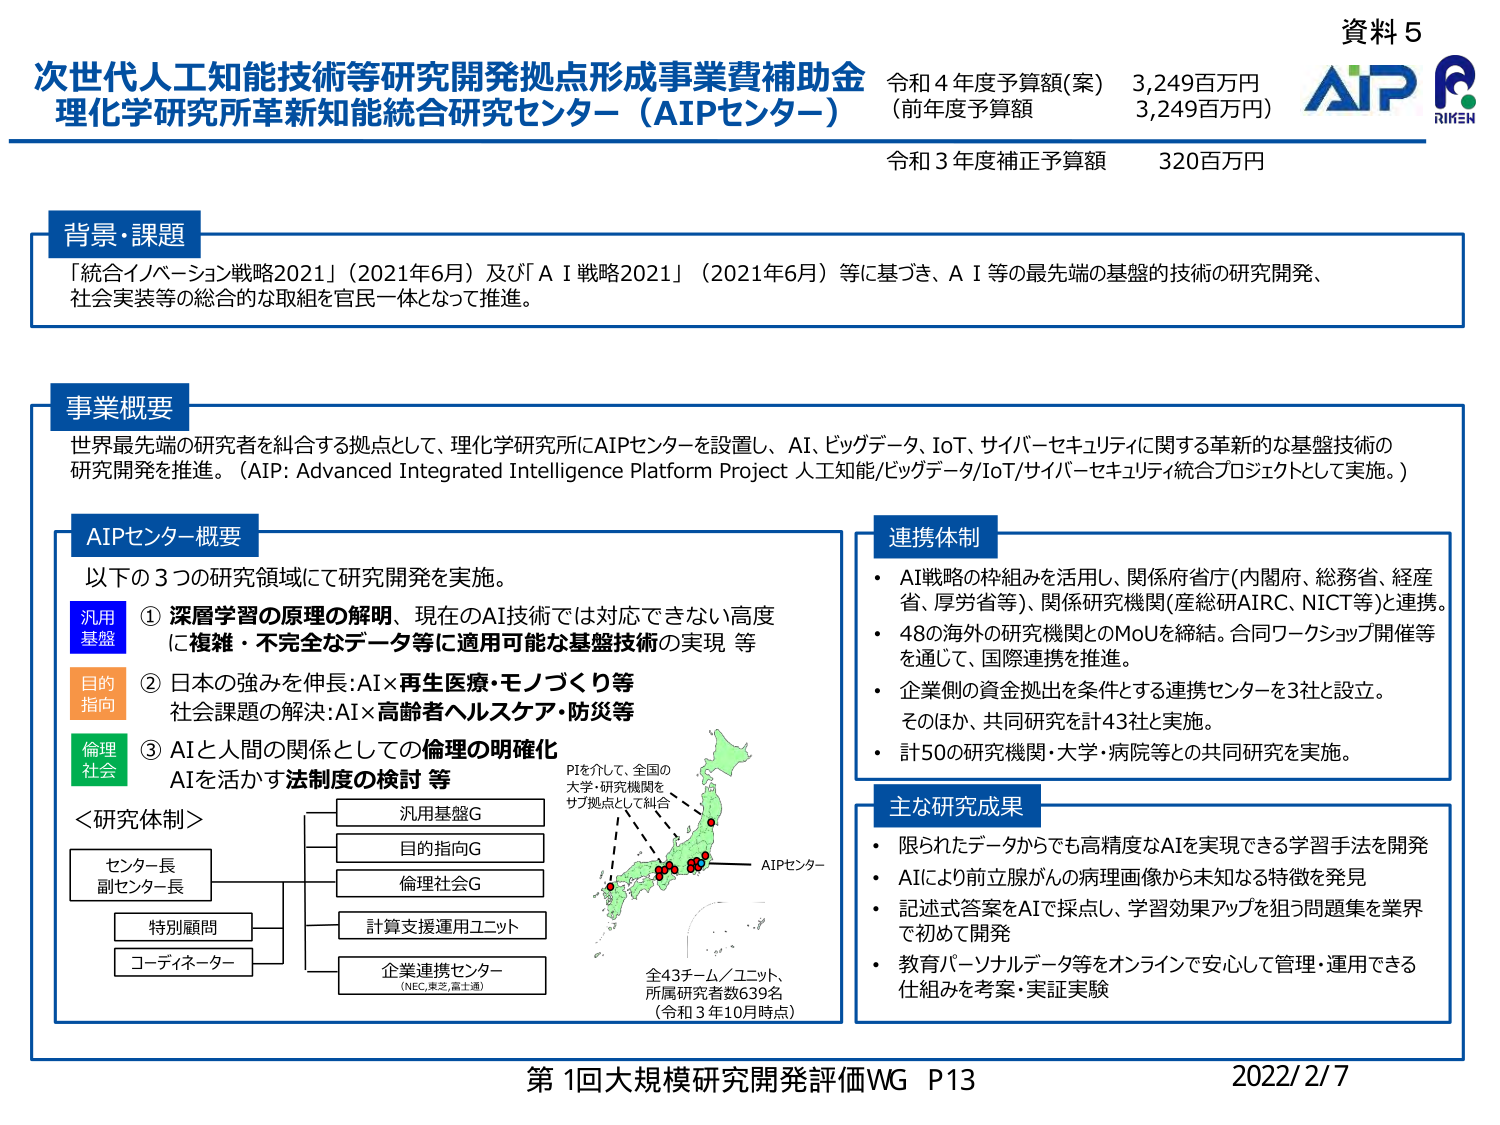
資料５

次世代人工知能技術等研究開発拠点形成事業費補助金
理化学研究所革新知能統合研究センター（AIPセンター）

令和4年度予算額（案） 3,249百万円
（前年度予算額 3,249百万円）
令和3年度補正予算額 320百万円

AIP
RIKEN

背景・課題
「統合イノベーション戦略2021」（2021年6月）及び「AI戦略2021」（2021年6月）等に基づき、AI等の最先端の基盤的技術の研究開発、社会実装等の総合的な取組を官民一体となって推進。

事業概要
世界最先端の研究者を統合する拠点として、理化学研究所にAIPセンターを設置し、AI、ビッグデータ、IoT、サイバーセキュリティに関する革新的な基盤技術の研究開発を推進。（AIP: Advanced Integrated Intelligence Platform Project 人工知能/ビッグデータ/IoT/サイバーセキュリティ統合プロジェクトとして実施。）

AIPセンター概要
以下の3つの研究領域にて研究開発を実施。

① 深層学習の原理の解明、現在のAI技術では対応できない高度に複雑・不完全なデータ等に適用可能な基盤技術の実現 等
② 日本の強みを伸長：AI×再生医療・モノづくり等
社会課題の解決：AI×高齢者ヘルスケア・防災等
③ AIと人間の関係としての倫理の明確化
AIを活かす法制度の検討 等

＜研究体制＞
センター長
副センター長
特別顧問
コーディネーター
汎用基盤G
目的指向G
倫理社会G
計算支援運用ユニット
企業連携センター
（NEC、東芝、富士通）

PIを介して、全国の大学・研究機関をサブ拠点として統合
AIPセンター
全43チーム／ユニット、
所属研究者数639名
（令和3年10月時点）

連携体制
・ AI戦略の枠組みを活用し、関係府省庁（内閣府、総務省、経産省、厚労省等）、関係研究機関（産総研AIRC、NICT等）と連携。
・ 48の海外の研究機関とのMoUを締結。合同ワークショップ開催等を通じて、国際連携を推進。
・ 企業側の資金拠出を条件とする連携センターを3社と設立。
　そのほか、共同研究を計43社と実施。
・ 計50の研究機関・大学・病院等との共同研究を実施。

主な研究成果
・ 限られたデータからでも高精度なAIを実現できる学習手法を開発
・ AIにより前立腺がんの病理画像から未知なる特徴を発見
・ 記述式答案をAIで採点し、学習効果アップを狙う問題集を業界で初めて開発
・ 教育パーソナルデータ等をオンラインで安心して管理・運用できる仕組みを考案・実証実験

第1回大規模研究開発評価WG P13
2022/2/7